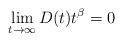
LaTeX: \begin{align*} \lim_{t\to\infty}D(t)t^\beta=0 \end{align*}